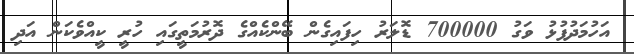
އަހުމަދުފުޅު ވަގު 700000 ޑޮލަރު ހިފައިގެން ބޭންކެއްގެ ދޮރުމަތީގައި ހުރީ ކީއްވެކަން އަދި